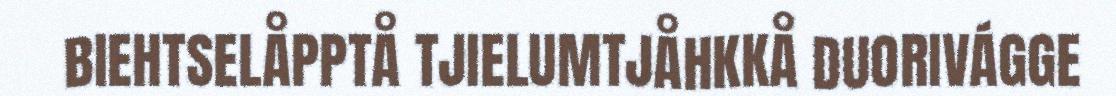
BIEHTSELÅPPTÅ TJIELUMTJÅHKKÅ DUORIVÁGGE